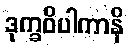
ဒုက္ခဝိပါကာနိ